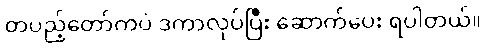
တပည့်တော်ကပဲ ဒကာလုပ်ပြီး ဆောက်ပေး ရပါတယ်။